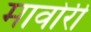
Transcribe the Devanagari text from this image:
मावोरी